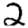
Digit: 2